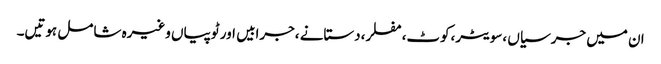
ان میں جرسیاں ،سویٹر،کوٹ،مفلر،دستانے ،جرابیں اور ٹوپیاں وغیرہ شامل ہوتیں۔